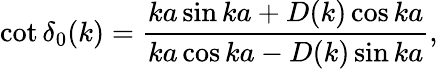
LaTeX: \cot\delta_{0}(k)=\frac{ka\sin ka+D(k)\cos ka}{ka\cos ka-D(k)\sin ka},